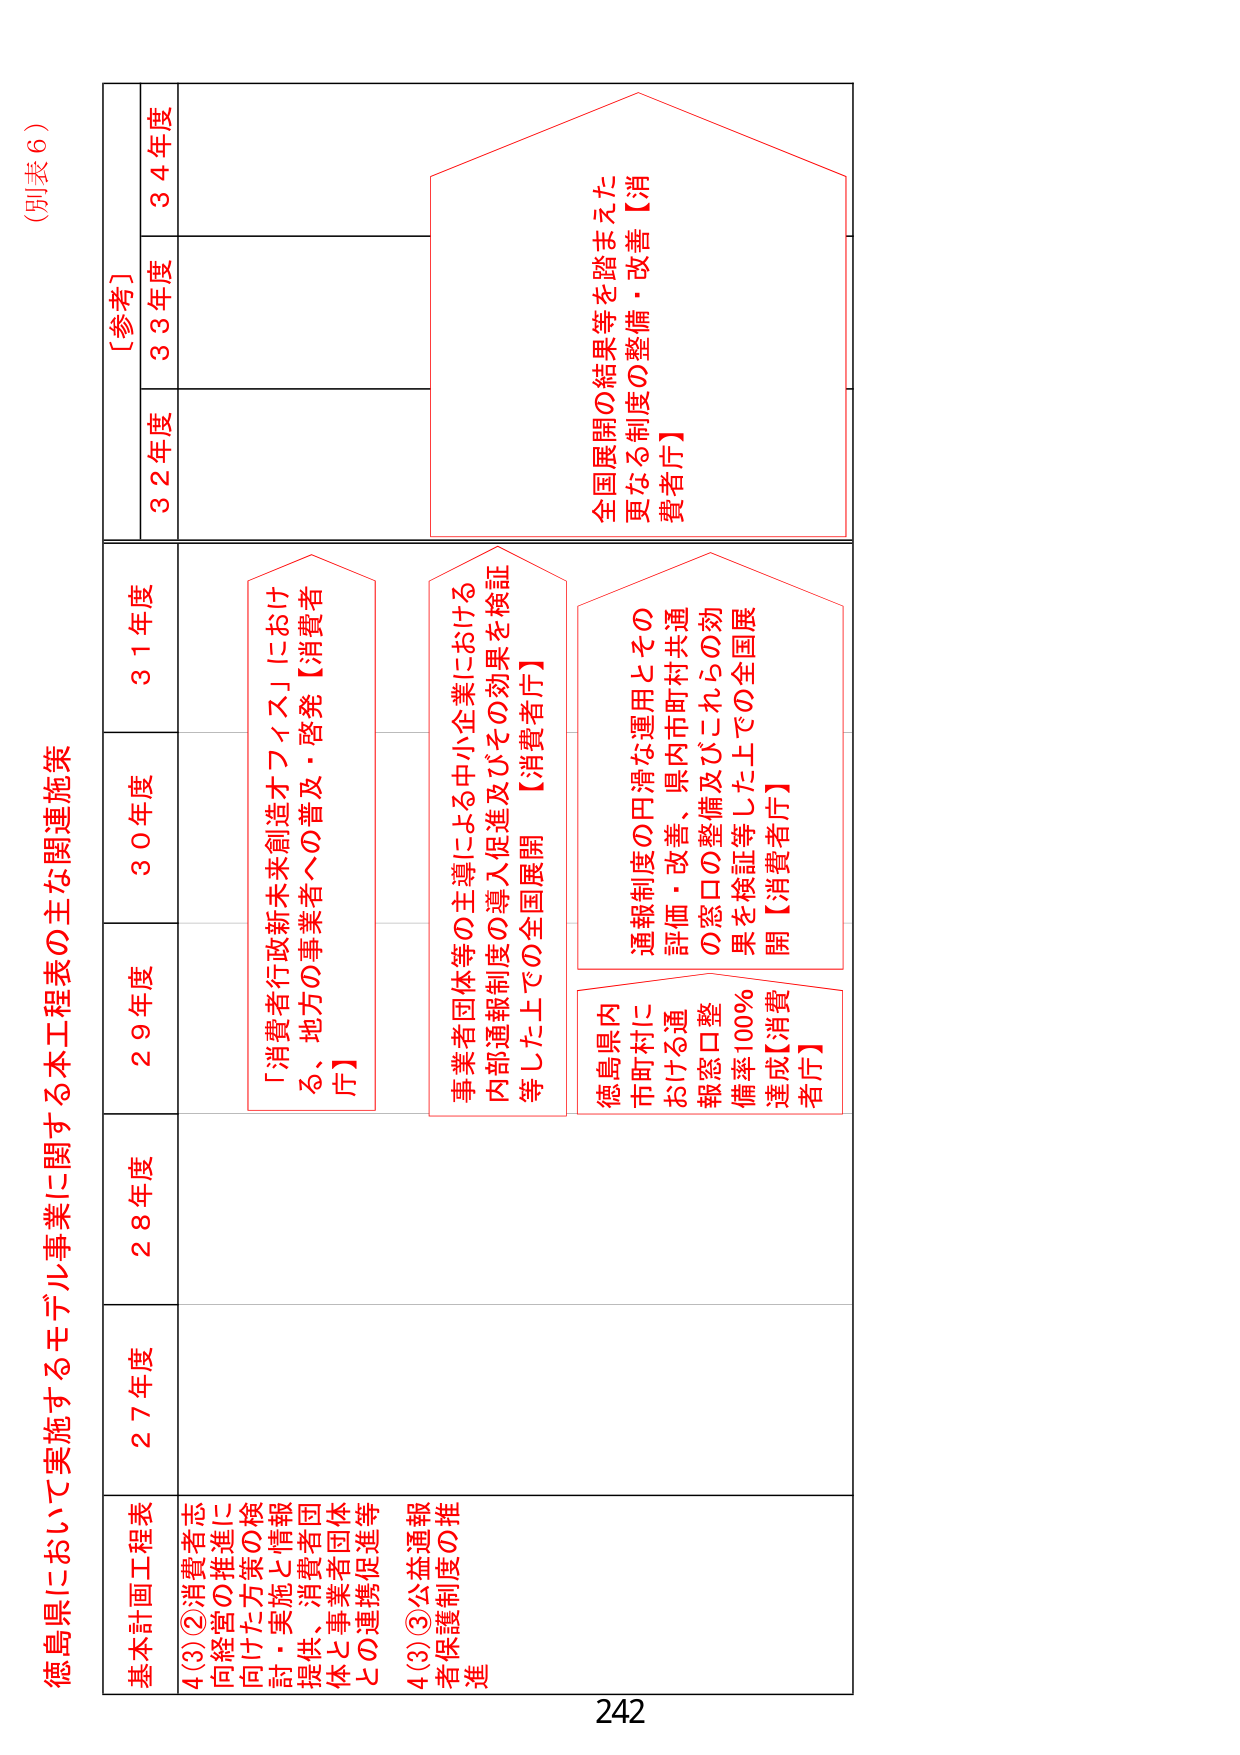
(別表6)

徳島県において実施するモデル事業に関する本工程表の主な関連施策

基本計画工程表
4(3)②消費者志向経営の推進に向けた方策の検討・実施と情報提供、消費者団体と事業者団体との連携促進等
4(3)③公益通報者保護制度の推進

27年度
28年度
29年度
30年度
31年度
32年度
33年度
34年度
[参考]

「消費者行政新未来創造オフィス」における、地方の事業者への普及・啓発【消費者庁】

事業者団体等の主導による中小企業における内部通報制度の導入促進及びその効果を検証等した上での全国展開【消費者庁】

徳島県内市町村における通報窓口整備率100％達成【消費者庁】

通報制度の円滑な運用とその評価・改善、県内市町村共通の窓口の整備及びこれらの効果を検証等した上での全国展開【消費者庁】

全国展開の結果等を踏まえた更なる制度の整備・改善【消費者庁】

242